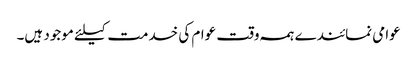
عوامی نمائندے ہمہ وقت عوام کی خدمت کیلئے موجود ہیں۔